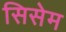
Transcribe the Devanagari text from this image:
सिसेम